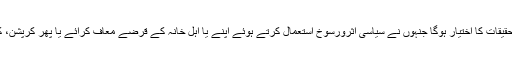
کمیشن کو موجودہ یا پھر سابقہ عوامی عہدوں کے حامل افراد سے بھی تحقیقات کا اختیار ہوگا جنہوں نے سیاسی اثرورسوخ استعمال کرتے ہوئے اپنے یا اہل خانہ کے قرضے معاف کرائے یا پھر کرپشن، کمیشن یا کک بیکس کے ذریعے کمائی گئی رقم ملک سے باہر بھجوائی۔